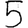
Digit: 5